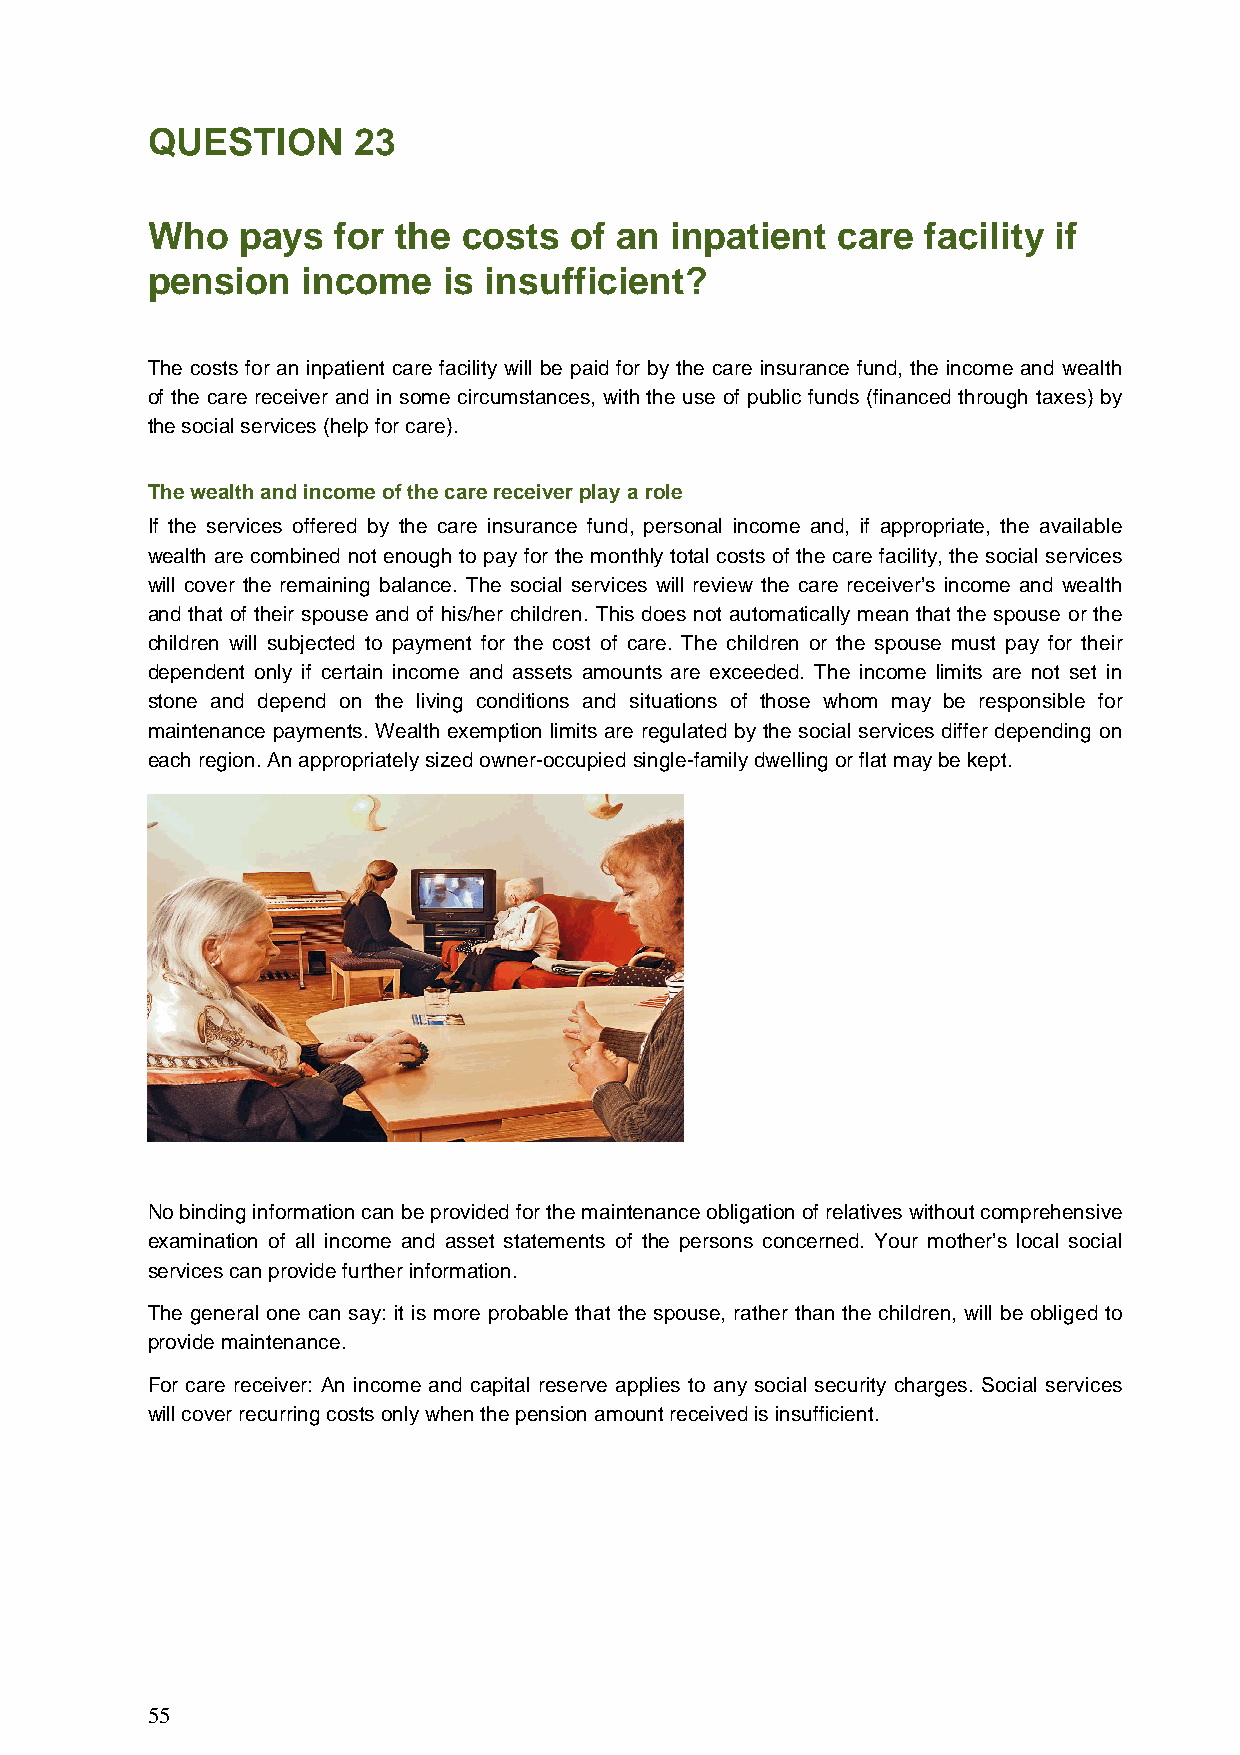
QUESTION     23
 Who   pays  for the  costs  of an inpatient  care  facility if
 pension   income   is insufficient?
 The costs for an inpatient care facility will be paid for by the care insurance fund, the income and wealth
 of the care receiver and in some circumstances, with the use of public funds (financed through taxes) by
 the social services (help for care).
 The wealth and income of the care receiver play a role
 If the services offered by the care insurance fund, personal income and, if appropriate, the available
 wealth are combined not enough to pay for the monthly total costs of the care facility, the social services
 will cover the remaining balance. The social services will review the care receiver’s income and wealth
 and that of their spouse and of his/her children. This does not automatically mean that the spouse or the
 children will subjected to payment for the cost of care. The children or the spouse must pay for their
 dependent only if certain income and assets amounts are exceeded. The income limits are not set in
 stone and depend on the living conditions and situations of those whom may be responsible for
 maintenance payments. Wealth exemption limits are regulated by the social services differ depending on
 each region. An appropriately sized owner-occupied single-family dwelling or flat may be kept.
 No binding information can be provided for the maintenance obligation of relatives without comprehensive
 examination of all income and asset statements of the persons concerned. Your mother’s local social
 services can provide further information.
 The general one can say: it is more probable that the spouse, rather than the children, will be obliged to
 provide maintenance.
 For care receiver: An income and capital reserve applies to any social security charges. Social services
 will cover recurring costs only when the pension amount received is insufficient.
 55